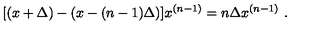
[ ( x + \Delta ) - ( x - ( n - 1 ) \Delta ) ] x ^ { ( n - 1 ) } = n \Delta x ^ { ( n - 1 ) } \ .